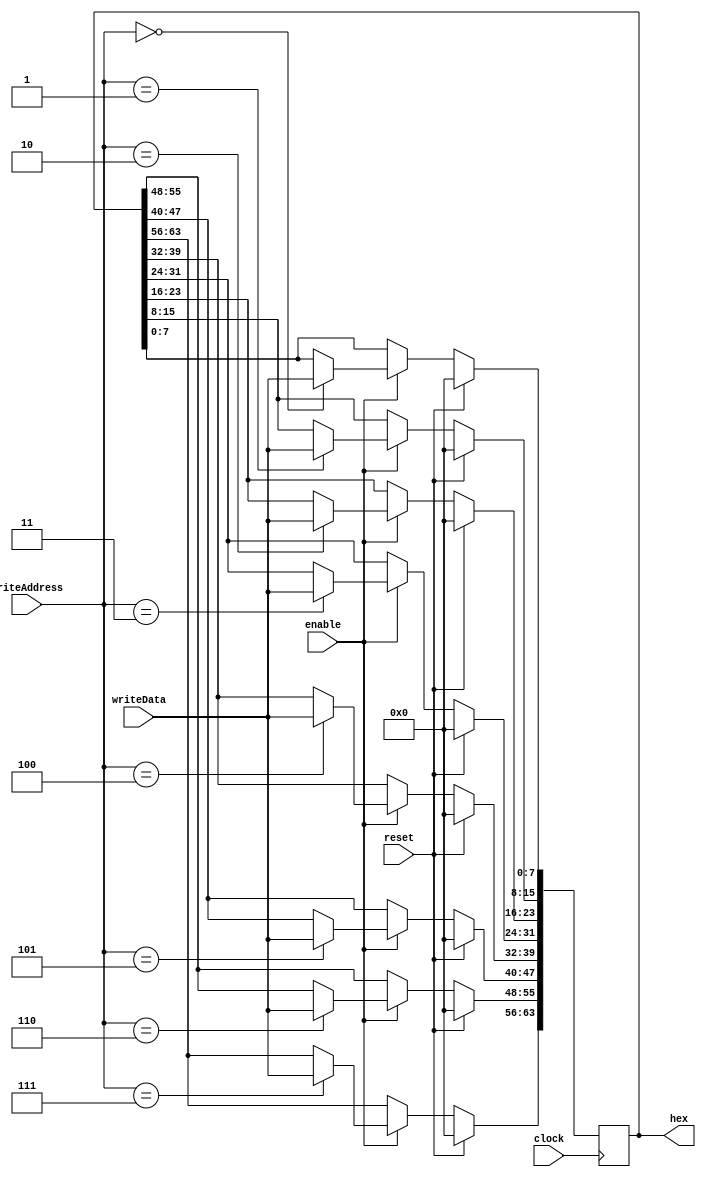
module hexregister(
			input clock,
			input reset,
			input enable,
			input [7:0] writeData,
			input [3:0] writeAddress,
			output [63:0] hex);
			
			
			reg [63:0] register;
			
			always @ (posedge clock) 
				if(reset)
						register <= 0;
				else if (enable)
				begin
					case(writeAddress)
						3'd0: register[7:0] <= writeData;
						3'd1:	register[15:8] <= writeData;
						3'd2: register[23:16] <= writeData;
						3'd3: register[31:24] <= writeData;
						3'd4: register[39:32] <= writeData;
						3'd5: register[47:40] <= writeData;
						3'd6: register[55:48] <= writeData;
						3'd7: register[63:56] <= writeData;
					endcase
				end
				
			assign hex = register;
			
endmodule